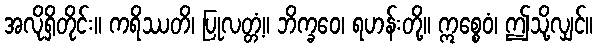
အလိုရှိတိုင်း။ ကရိဿတိ၊ ပြုလတ္တံ့။ ဘိက္ခဝေ၊ ရဟန်းတို့။ ဣစ္စေဝံ၊ ဤသို့လျှင်။